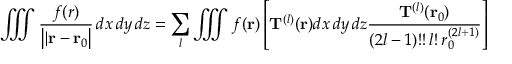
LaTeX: \iiint { \frac { f ( { \boldsymbol { r } } ) } { \left| | \mathbf { r - r } { _ { 0 } } \right| } } \, d x \, d y \, d z = \sum _ { l } \iiint f ( \mathbf { r } ) \left[ \mathbf { T } ^ { ( l ) } ( \mathbf { r } ) d x \, d y \, d z { \frac { \mathbf { T } ^ { ( l ) } ( \mathbf { r } _ { 0 } ) } { ( 2 l - 1 ) ! ! \, l ! \, r _ { 0 } ^ { ( 2 l + 1 ) } } } \right]